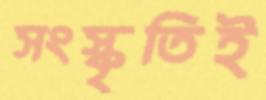
সংস্কৃতিই